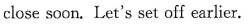
close soon. Let's set off earlier.